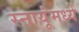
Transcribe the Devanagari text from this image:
स्नायूंमध्ये